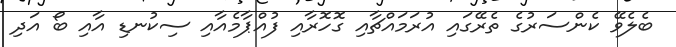
ބެލެވޭ ކެންސަރުގެ ތެރޭގައި އުރަމައްޗާއި ގޮހޮރާއި ފުއްޕާމެއާއި ސިކުނޑި އާއި ބޯ އަދި